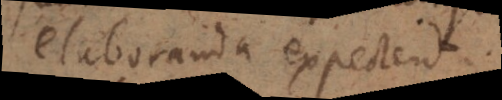
elaboranda expectent.